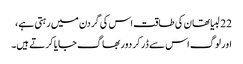
22 لبیا تھان کی طاقت اس کی گردن میں رہتی ہے ،
اور لوگ اس سے ڈر کر دور بھاگ جایا کر تے ہیں۔